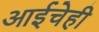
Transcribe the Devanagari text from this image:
आईचेही